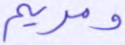
ومريم